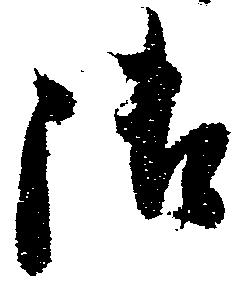
御